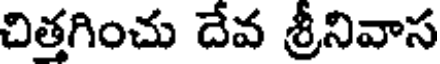
చిత్తగించు దేవ శ్రీనివాస